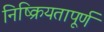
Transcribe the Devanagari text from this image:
निष्क्रियतापूर्ण